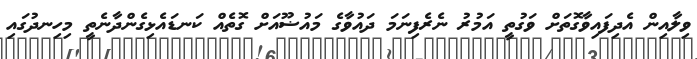
ވިލާއިން އެދިފައިވާގޮތަށް ވަގުތީ އަމުރު ނެރެފިނަމަ ދައުވާގެ މައުޟޫއަށް ގޮތެއް ކަނޑައެޅިގެންދާނެތީ މިހިނދުގައި